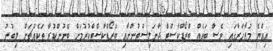
އިއްޔެ މުޒާހަރާގައި ވެސް ބައެއް ބްރޯޑްކާސްޓް ޖާނަލިސްޓުންނާއި ބްރޯޑްކާސްޓްކުރުމަށް ބޭނުންކުރާ ތަކެއްޗަށް ލިބުނު